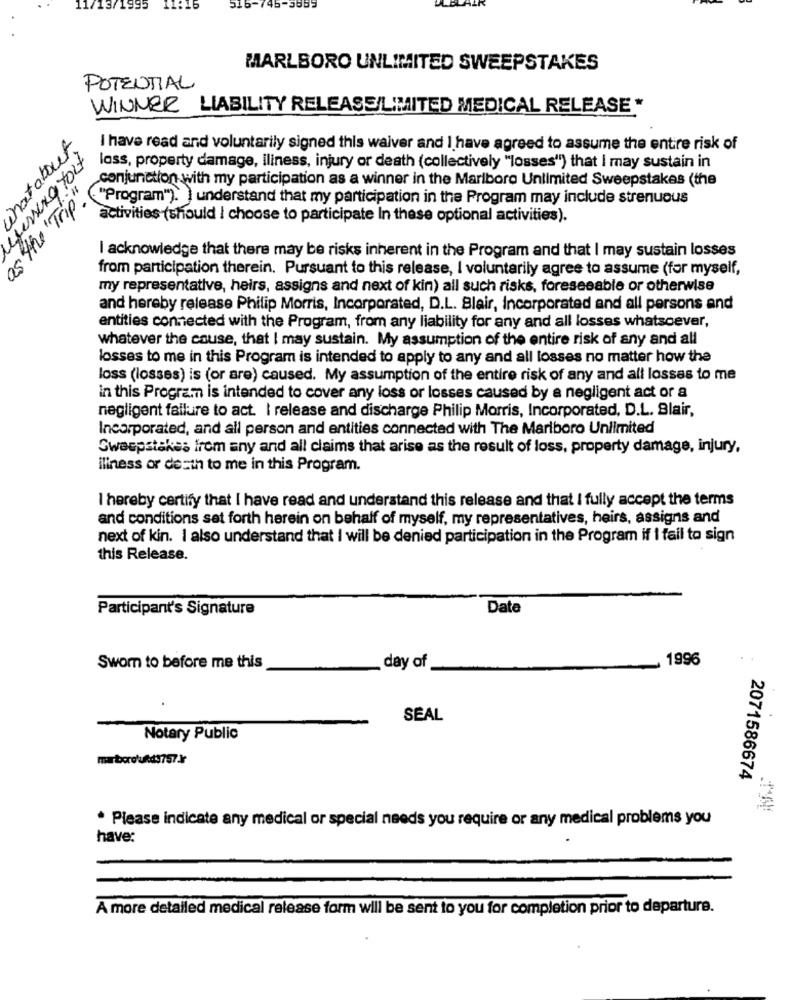
11/13/1995
11:16
516-746-5665
MARLBORO UNLIMITED SWEEPSTAKES
POTENTIAL
WINNER LIABILITY RELEASE/LIMITED MEDICAL RELEASE *
natabout
I have read and voluntarily signed this waiver and I have agreed to assume the entire risk of
loss, property damage, iliness, injury or death (collectively "losses") that I may sustain in
conjunction with my participation as a winner in the Marlboro Unlimited Sweepstakes (the
" the "Trip"
"Program"). ) understand that my participation in the Program may include strenuous
activities (should I choose to participate In these optional activities).
I acknowledge that there may be risks inherent in the Program and that I may sustain losses
from participation therein. Pursuant to this release, I voluntarily agree to assume (for myself,
my representative, heirs, assigns and next of kin) all such risks, foreseeable or otherwise
and hereby release Philip Morris, Incorporated, D.L. Blair, Incorporated and all persons and
entities connected with the Program, from any liability for any and all losses whatsoever,
whatever the cause, that I may sustain. My assumption of the entire risk of any and all
losses to me in this Program is intended to apply to any and all losses no matter how the
loss (losses) is (or are) caused. My assumption of the entire risk of any and all losses to me
in this Program is intended to cover any loss or losses caused by a negligent act or a
negligent failure to act. I release and discharge Philip Morris, Incorporated, D.L. Blair,
Incorporated, and all person and entities connected with The Marlboro Unlimited
Sweepstakes from any and all claims that arise as the result of loss, property damage, injury,
iliness or death to me in this Program.
I hereby certify that I have read and understand this release and that I fully accept the terms
and conditions set forth herein on behalf of myself, my representatives, heirs, assigns and
next of kin. I also understand that I will be denied participation in the Program if I fail to sign
this Release.
Participant's Signature
Date
1996
Sworn to before me this
day of
SEAL
Notary Public
marborotufds757.3r
2071586674
· Please indicate any medical or special needs you require or any medical problems you
have:
A more detailed medical release form will be sent to you for completion prior to departure.